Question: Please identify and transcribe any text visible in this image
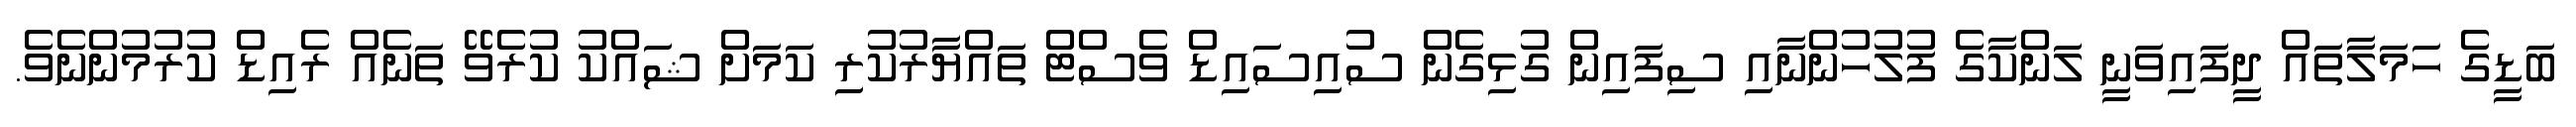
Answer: ބަޑީގެ ހަމަލާތައް ދީފައިވަނީ ލަންކާގެ ފުލުހުންނާއި ސިފައިން ގުޅިގެން ސުއިސައިޑް ވެސްޓް ތައްޔާރުކުރި ކަމަށް ޝައްކު ކުރެވޭ ތަނެއް ރެއިޑް ކުރުމުންނެވެ.